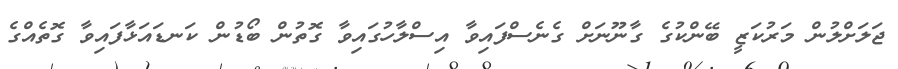
ޖަލަށްލުން މަރުކަޒީ ބޭންކުގެ ގާނޫނަށް ގެނެސްފައިވާ އިސްލާހުގައިވާ ގޮތުން ބޯޑުން ކަނޑައަޅާފައިވާ ގޮތެއްގެ